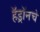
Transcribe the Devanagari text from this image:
हॅड्रॉनचे